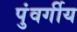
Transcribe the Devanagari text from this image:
पुंवर्गीय